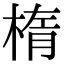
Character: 楕